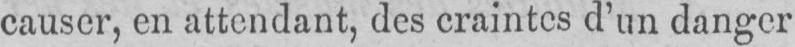
causer, en attendant, des craintes d’un danger